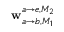
\mathbf { w } _ { a \rightarrow b , M _ { 1 } } ^ { a \rightarrow e , M _ { 2 } }